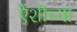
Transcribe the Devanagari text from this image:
एेंशीच्या